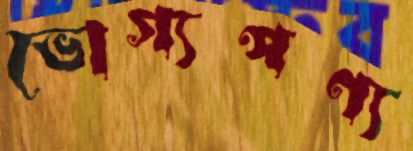
ভোগ্যপণ্য